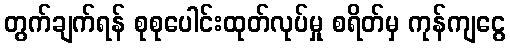
တွက်ချက်ရန် စုစုပေါင်းထုတ်လုပ်မှု စရိတ်မှ ကုန်ကျငွေ